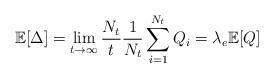
LaTeX: \begin{align*}\mathbb{E}[\Delta]=\lim_{t \rightarrow \infty} \frac{N_t}{t} \frac{1}{N_t} \sum_{i=1}^{N_t} Q_i = \lambda_e \mathbb{E}[Q]\end{align*}